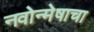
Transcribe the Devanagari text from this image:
नवोन्मेषाचा